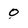
Character: 0